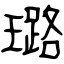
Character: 璐